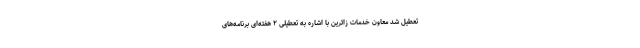
تعطیل شد معاون خدمات زائرین با اشاره به تعطیلی ۲ هفته‌ای برنامه‌های